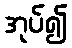
အုပ်၍